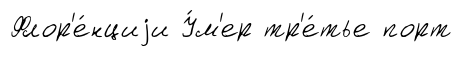
Флор'е́нциjи У́м'ер тр'е́тье порт